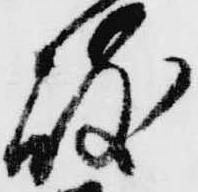
岐